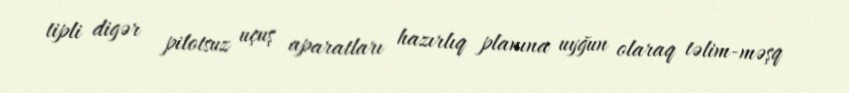
tipli digər pilotsuz uçuş aparatları hazırlıq planına uyğun olaraq təlim-məşq